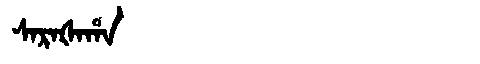
Manchu: ᠰᠠᡵᠠᡧᠠᡥᠠ
Romanization: SARAŠAHA